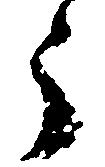
う